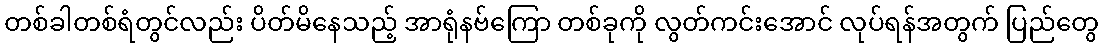
တစ်ခါတစ်ရံတွင်လည်း ပိတ်မိနေသည့် အာရုံနဗ်ကြော တစ်ခုကို လွတ်ကင်းအောင် လုပ်ရန်အတွက် ပြည်တွေ